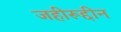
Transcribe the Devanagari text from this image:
जहीरूद्दीन